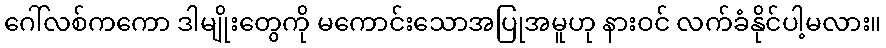
ဂေါ်လစ်ကကော ဒါမျိုးတွေကို မကောင်းသောအပြုအမူဟု နားဝင် လက်ခံနိုင်ပါ့မလား။